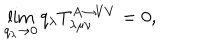
LaTeX: \lim _ { q _ { \lambda } \rightarrow 0 } q _ { \lambda } T _ { \lambda \mu \nu } ^ { A \rightarrow V V } = 0 ,